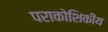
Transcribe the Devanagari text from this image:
पराकोशिकीय